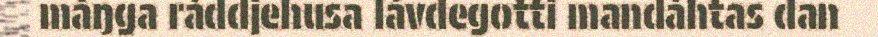
máŋga ráddjehusa lávdegotti mandáhtas dan